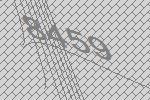
8459